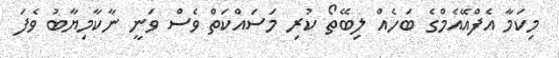
މިކަމާ އެފްއޭއެމްގެ ބަހެއް ލިބޭތޯ ކުރި މަސައްކަތް ވެސް ވަނީ ނާކާމިޔާބު ވެފަ